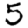
Digit: 5